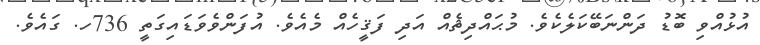
އުޅުއްވި ބޮޑު ދަންނަބޭކަލެކެވެ. މުޙައްދިޘެއް އަދި ފަޤީހެއް މެއެވެ. އުފަންވެވަޑައިގަތީ 736ހ. ގައެވެ.